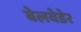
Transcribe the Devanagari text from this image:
बेलवेडेर